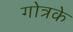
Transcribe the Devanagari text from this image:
गोत्रके